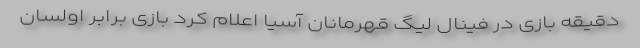
دقیقه بازی در فینال لیگ قهرمانان آسیا اعلام کرد بازی برابر اولسان